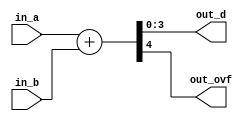
module top #(
    parameter BITWIDTH = 4
)(
	input [BITWIDTH-1:0] in_a,	// 4-bits Input1
	input [BITWIDTH-1:0] in_b,	// 4-bits Input1
	output [BITWIDTH-1:0] out_d,// 4-bits Output
	output out_ovf				// Output for overflow
);
    assign {out_ovf, out_d} = in_a + in_b;
endmodule